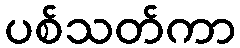
ပစ်သတ်ကာ